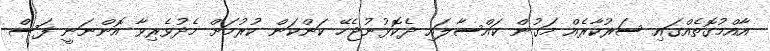
އާއްމުގޮތެއްގައި ސަރުކާރެއް މަގުން ކައްސާލައި ދެކޮޅުނުޖެހޭ ކަންކަން ކުރުމަށް މެދުވެރިވާ އޮންނަނީ ފަސް